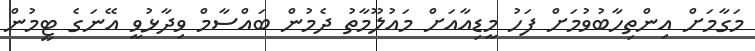
މަގާމަށް އިންތިހާބުވުމަށް ފަހު މީޑިއާއަށް މައުލޫމާތު ދެމުން ބައްސާމް ވިދާޅުވީ އޭނަގެ ޓީމުން